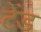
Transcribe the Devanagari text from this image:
टेंड